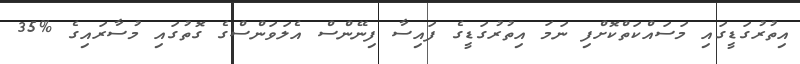
އިތުރުގަޑީގައި މަސައްކަތްކޮށްފި ނަމަ އިތުރުގަޑީގެ ފައިސާ ފިނޭންސް އެލަވަންސްގެ ގޮތުގައި މުސާރައިގެ %35